Annual vaccination report of Bihar and Orissa - 1911-1928
Year: 1911
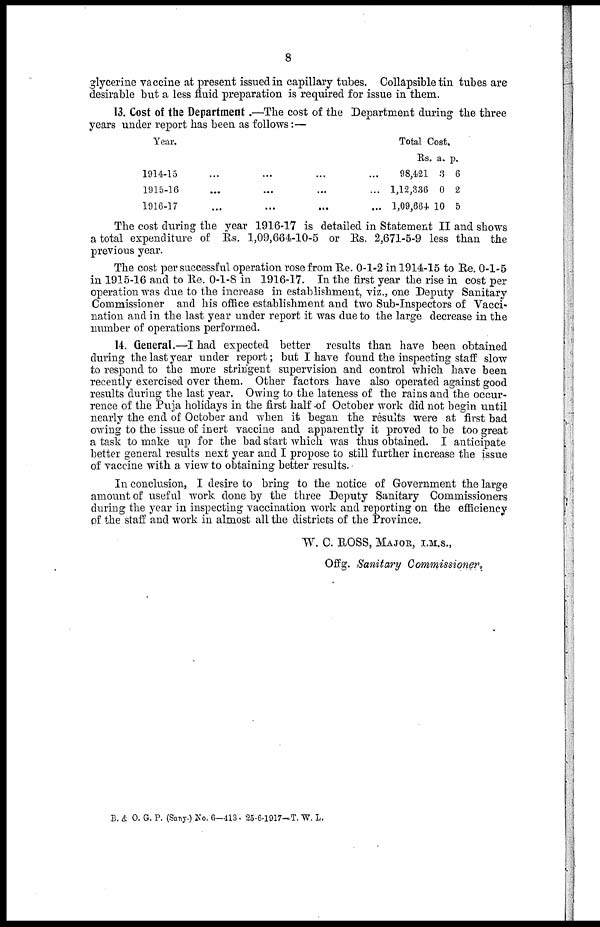
8
glycerine vaccine at present issued in capillary tubes. Collapsible tin tubes are
desirable but a less fluid preparation is required for issue in them.
13. Cost of the Department.—The cost of the Department during the three
years under report has been as follows:—
Year.
1914-15 ... ... ... ...
1915-16 ... ... ... ...
1916-17 ... ... ... ...
Total Cost.
Rs.
98,421
1,12,336
1,09,664
a.
3
0
10
p.
6
2
5
The cost during the year 1916-17 is detailed in Statement II and shows
a total expenditure of Rs. 1,09,664-10-5 or Rs. 2,671-5-9 less than the
previous year.
The cost per successful operation rose from Re. 0-1-2 in 1914-15 to Re. 0-1-5
in 1915-16 and to Re. 0-1-8 in 1916-17. In the first year the rise in cost per
operation was due to the increase in establishment, viz., one Deputy Sanitary
Commissioner and his office establishment and two Sub-Inspectors of Vacci-
nation and in the last year under report it was due to the large decrease in the
number of operations performed.
14. General.—I had expected better results than have been obtained
during the last year under report; but I have found the inspecting staff slow
to respond to the more stringent supervision and control which have been
recently exercised over them. Other factors have also operated against good
results during the last year. Owing to the lateness of the rains and the occur-
rence of the Puja holidays in the first half of October work did not begin until
nearly the end of October and when it began the results were at first bad
owing to the issue of inert vaccine and apparently it proved to be too great
a task to make up for the bad start which was thus obtained. I anticipate
better general results next year and I propose to still further increase the issue
of vaccine with a view to obtaining better results.
In conclusion, I desire to bring to the notice of Government the large
amount of useful work done by the three Deputy Sanitary Commissioners
during the year in inspecting vaccination work and reporting on the efficiency
of the staff and work in almost all the districts of the Province.
W. C. ROSS, MAJOR, I.M.S.,
Offg. Sanitary Commissioner .
B. & O. G. P. (Sany.) No. 6—413- 25-6-1917—T. W. L.